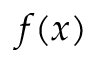
f ( x )